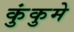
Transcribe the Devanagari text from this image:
कुंकुमे